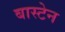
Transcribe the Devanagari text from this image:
बास्टेन